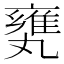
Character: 𠂅